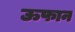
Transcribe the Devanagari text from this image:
ऊफान